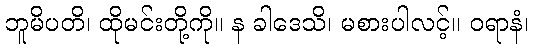
ဘူမိပတိ၊ ထိုမင်းတို့ကို။ န ခါဒေသိ၊ မစားပါလင့်။ ဝရာနံ၊